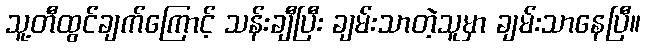
သူ့တီထွင်ချက်ကြောင့် သန်းချီပြီး ချမ်းသာတဲ့သူမှာ ချမ်းသာနေပြီ။